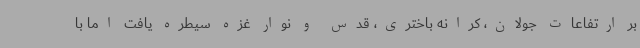
بر ارتفاعات جولان، کرانه باختری، قدس و نوار غزه سیطره یافت اما با